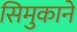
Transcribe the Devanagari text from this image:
सिमुकाने